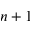
n + 1